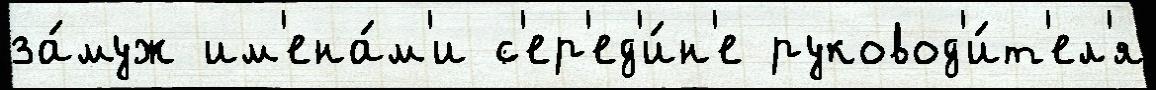
за́муж им'ена́м'и с'ер'ед'и́н'е руковод'и́т'ел'я